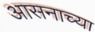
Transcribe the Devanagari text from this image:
आसनाच्या